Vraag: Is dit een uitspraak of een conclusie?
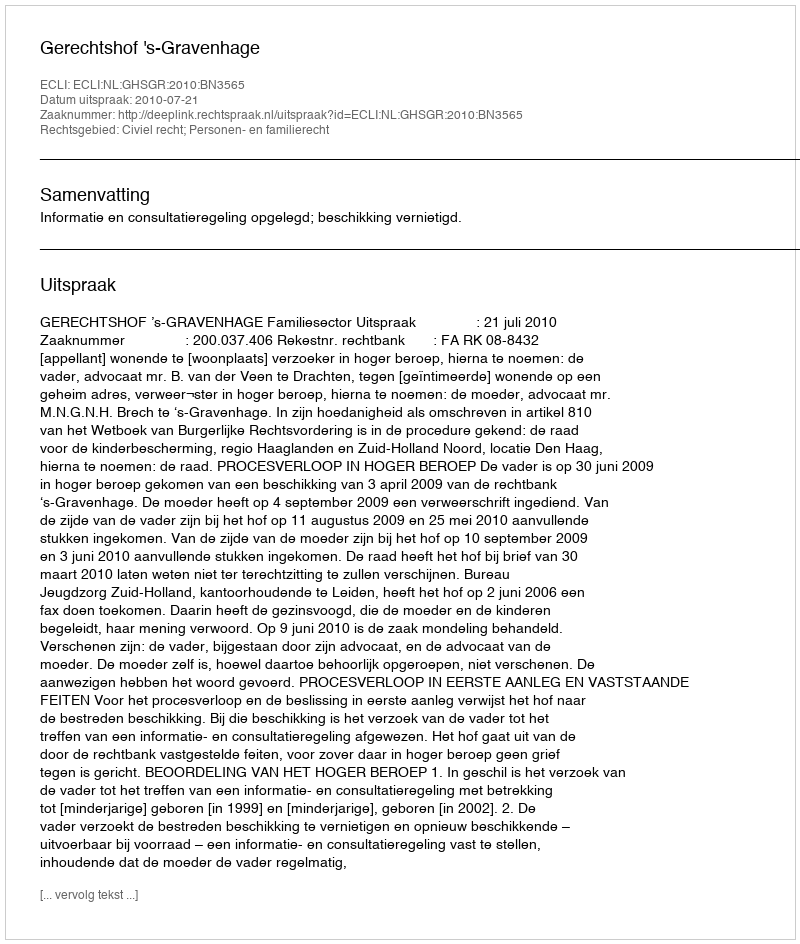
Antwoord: Uitspraak